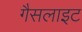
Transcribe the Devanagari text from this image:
गैसलाइट